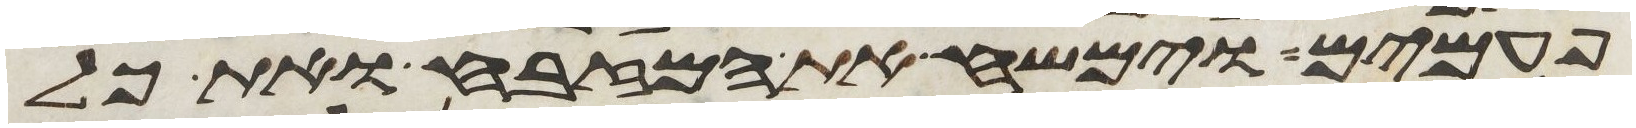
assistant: פעמים וימשח את המזבח ואת כל